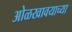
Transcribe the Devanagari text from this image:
ओळखावयाच्या